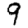
Digit: 9